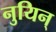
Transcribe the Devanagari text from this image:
नुयिन्